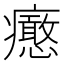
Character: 𤼉